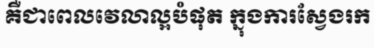
គឺជាពេលវេលាល្អបំផុត ក្នុងការស្វែងរក